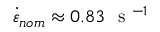
\dot { \varepsilon } _ { n o m } \approx 0 . 8 3 ~ \mathrm { ~ s ~ } ^ { - 1 }